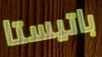
باتيستا